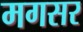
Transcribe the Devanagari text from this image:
मगसर